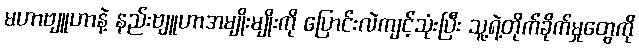
မဟာဗျူဟာနဲ့ နည်းဗျူဟာအမျိုးမျိုးကို ပြောင်းလဲကျင့်သုံးပြီး သူ့ရဲ့တိုက်ခိုက်မှုတွေကို